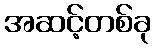
အဆင့်တစ်ခု